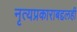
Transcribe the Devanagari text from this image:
नृत्यप्रकाराबद्दलही